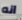
انه